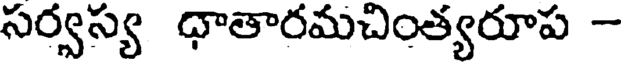
సర్వస్య ధాతారమచింత్యరూప -